Madras plague regulations and rules for the city of Madras
Disease focus: Plague
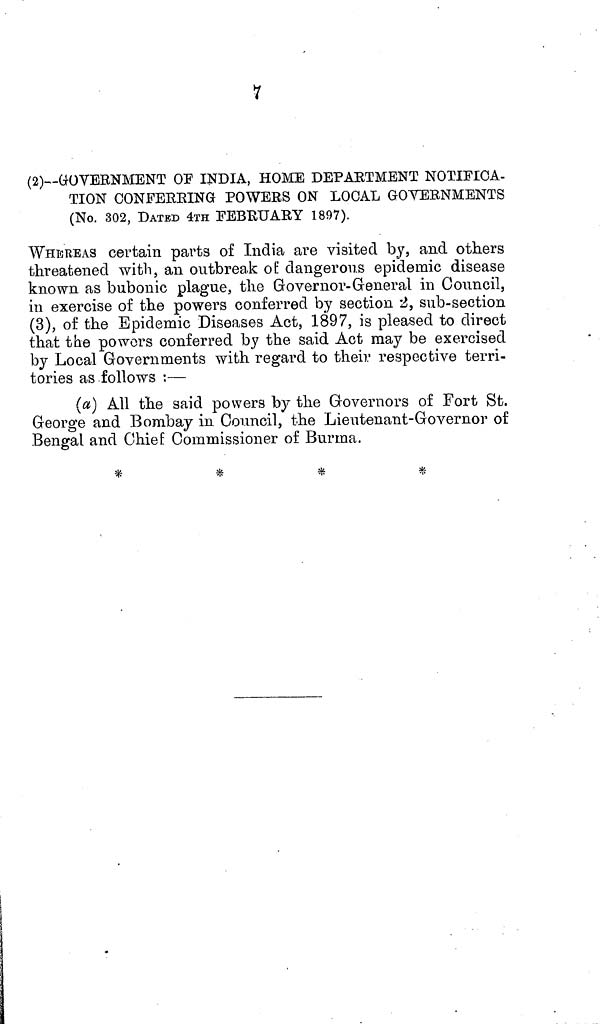
(2)—GOVERNMENT OF INDIA, HOME DEPAETMENT NOTIFICA-
TION OONFEEEING POWEES ON LOCAL GOYEENMENTS
(No. 302, DATED 4TH FEBRUARY 1897).
WHEREAS certain parts of India are visited by, and others
threatened with, an outbreak of dangerous epidemic disease
known as bubonic plague, the Governor-General in Council,
in exercise of the powers conferred by section 2, sub-section
(3), of the Epidemic Diseases Act, 1897, is pleased to direct
that the powers conferred by the said Act may be exercised
by Local Governments with regard to their respective terri-
tories as follows :—
(a) All the said powers by the Governors of Fort St.
George and Bombay in Council, the Lieutenant-Governor of
Bengal and Chief Commissioner of Burma.